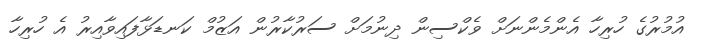
އުމުރުގެ ހުރިހާ އެންމެންނަށް ވެކްސިން ދިނުމަށް ސަރުކާރުން އަޒުމް ކަނޑަޅާފައިވާއިރު އެ ހުރިހާ